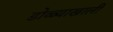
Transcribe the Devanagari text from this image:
डोळ्याखाली